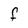
Character: F